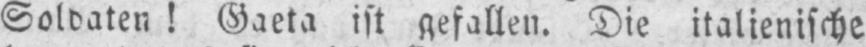
Soldaten! Gaeta ist gefallen. Die italienische